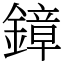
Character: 鏱